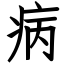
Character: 病